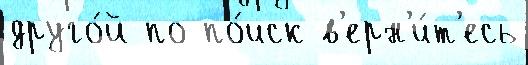
друго́й по по́иск в'ерн'и́т'есь